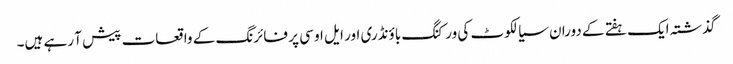
گذشتہ ایک ہفتے کے دوران سیالکوٹ کی ورکنگ باؤنڈری اور ایل او سی پر فائرنگ کے واقعات پیش آ رہے ہیں۔